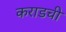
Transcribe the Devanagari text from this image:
कराडची